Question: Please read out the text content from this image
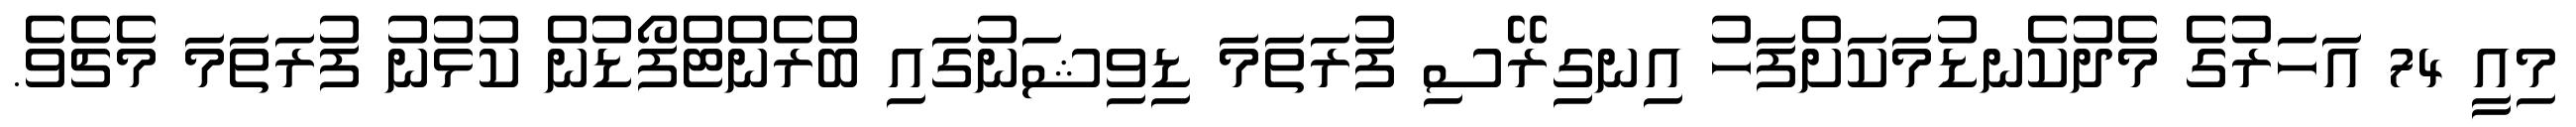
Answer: މިއީ 74 އަހަރުގެ މެދުކެނޑުމަކަށްފަހު އިނގިރޭސި ފުރަތަމަ ޑިވިޝަނުގައި ބްރެންޓްފޯޑުން ކުޅުނު ފުރަތަމަ މެޗެވެ.